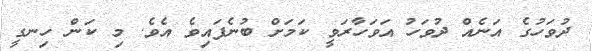
ދުވަހުގެ އަނެއް ދުވަހު އަވަހާރަވީ ކަމަށް ބުނެފައިވެ އެވެ. މި ކަން ހިނގީ